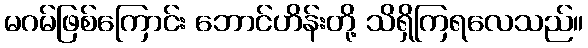
မဂမ်ဖြစ်ကြောင်း ဘောင်ဟိန်းတို့ သိရှိကြရလေသည်။